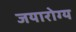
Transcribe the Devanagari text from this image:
जयारोग्य